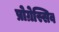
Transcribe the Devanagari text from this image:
प्रोग्रेस्सिव